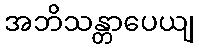
အဘိသန္တာပေယျ